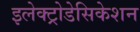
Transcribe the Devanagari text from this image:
इलेक्ट्रोडेसिकेशन